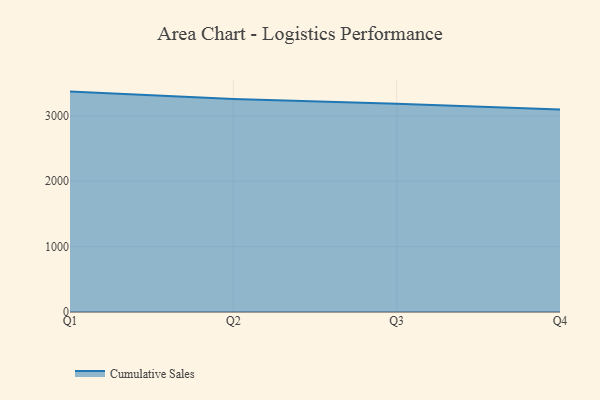
{"axis": {"x": "Quarter", "y": "Satisfaction Score"}, "legend": ["Cumulative Sales"], "data": [{"x": "Q1", "y": 3370.1, "type": "Cumulative Sales"}, {"x": "Q2", "y": 3258.4, "type": "Cumulative Sales"}, {"x": "Q3", "y": 3182.5, "type": "Cumulative Sales"}, {"x": "Q4", "y": 3098.1, "type": "Cumulative Sales"}]}